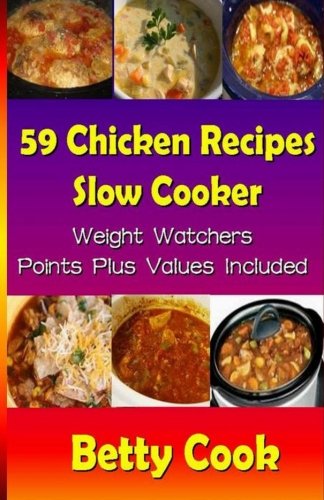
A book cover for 59 Chicken Recipes - Slow Cooker - Weight Watchers Points Plus Values Included (Go Slow Cooker Recipes); Betty Cook; Health, Fitness & Dieting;